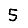
Digit: 5